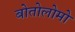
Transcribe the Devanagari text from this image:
बोतोलोमो